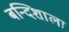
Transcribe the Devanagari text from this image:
बन्दिशाला